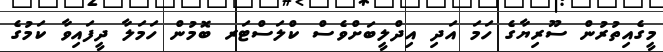
މީގެއިތުރުން ސޫރިޔާގެ ހަމަ އަދި އިދްލީބަށްވެސް ކްލަސްޓަރ ބޮމުން ހަމަލާ ދީފައިވާ ކަމުގެ